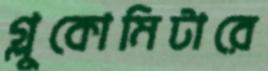
গ্লুকোমিটারে